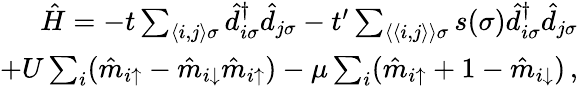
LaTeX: \begin{array}{r}{\hat{H}=-t\sum_{\langle i,j\rangle\sigma}\hat{d}_{i\sigma}^{\dagger}\hat{d}_{j\sigma}-t^{\prime}\sum_{\langle\langle i,j\rangle\rangle\sigma}s(\sigma)\hat{d}_{i\sigma}^{\dagger}\hat{d}_{j\sigma}}\\ {+U\sum_{i}(\hat{m}_{i\uparrow}-\hat{m}_{i\downarrow}\hat{m}_{i\uparrow})-\mu\sum_{i}(\hat{m}_{i\uparrow}+1-\hat{m}_{i\downarrow})\, ,}\end{array}